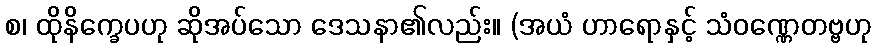
စ၊ ထိုနိက္ခေပဟု ဆိုအပ်သော ဒေသနာ၏လည်း။ (အယံ ဟာရောနှင့် သံဝဏ္ဏေတဗ္ဗဟု